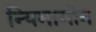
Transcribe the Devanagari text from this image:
न्यिमागोन